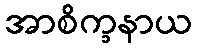
အာစိက္ခနာယ